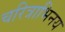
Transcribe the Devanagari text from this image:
चरित्राभिनय